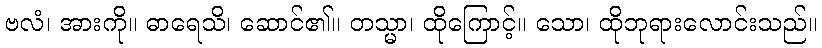
ဗလံ၊ အားကို။ ဓာရေသိ၊ ဆောင်၏။ တသ္မာ၊ ထိုကြောင့်။ သော၊ ထိုဘုရားလောင်းသည်။